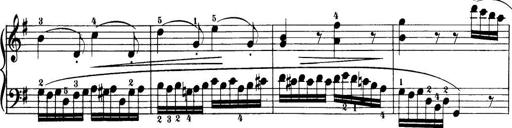
Title: 32 Sonatinas and Rondos for the Piano
Composer: Richard Kleinmichel